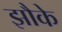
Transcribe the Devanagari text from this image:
झौके